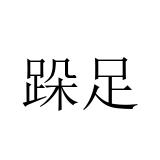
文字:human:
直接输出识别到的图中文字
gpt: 跺足